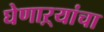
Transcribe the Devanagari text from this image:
घेणाऱ्यांचा